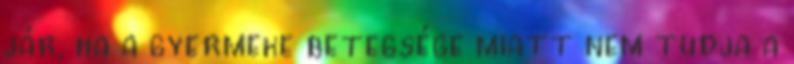
jár, ha a gyermeke betegsége miatt nem tudja a